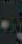
-